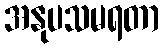
အနုပသမရတာ